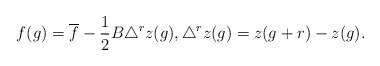
\begin{align*}f(g)=\overline{f}-\frac{1}{2}B\triangle ^{r}z(g),\triangle^{r}z(g)=z(g+r)-z(g).\end{align*}